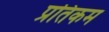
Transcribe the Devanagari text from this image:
प्रतिकम